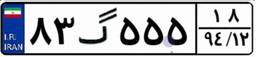
۸۳گ۵۵۵۱۸